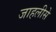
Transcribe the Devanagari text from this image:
जाहलीसे